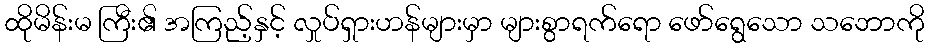
ထိုမိန်းမ ကြီး၏ အကြည့်နှင့် လှုပ်ရှားဟန်များမှာ များစွာရက်ရော ဖော်ရွေသော သဘောကို